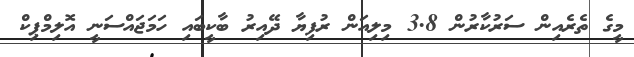
މީގެ ތެރެއިން ސަރުކާރުން 3.8 މިލިއަން ރުފިޔާ ދޭއިރު ބާކީބައި ހަމަޖައްސަނީ އޮލިމްޕިކް